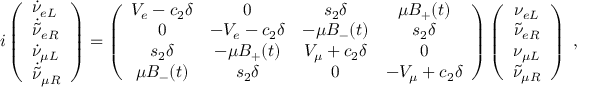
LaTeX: i \left( \begin{array} { l } { { \dot { \nu } _ { e L } } } \\ { { \dot { \tilde { \nu } } _ { e R } } } \\ { { \dot { \nu } _ { \mu L } } } \\ { { \dot { \tilde { \nu } } _ { \mu R } } } \end{array} \right) = \left( \begin{array} { c c c c } { { V _ { e } - c _ { 2 } \delta } } & { { 0 } } & { { s _ { 2 } \delta } } & { { \mu B _ { + } ( t ) } } \\ { { 0 } } & { { - V _ { e } - c _ { 2 } \delta } } & { { - \mu B _ { - } ( t ) } } & { { s _ { 2 } \delta } } \\ { { s _ { 2 } \delta } } & { { - \mu B _ { + } ( t ) } } & { { V _ { \mu } + c _ { 2 } \delta } } & { { 0 } } \\ { { \mu B _ { - } ( t ) } } & { { s _ { 2 } \delta } } & { { 0 } } & { { - V _ { \mu } + c _ { 2 } \delta } } \end{array} \right) \left( \begin{array} { c } { { \nu _ { e L } } } \\ { { \tilde { \nu } _ { e R } } } \\ { { \nu _ { \mu L } } } \\ { { \tilde { \nu } _ { \mu R } } } \end{array} \right) ~ ,